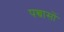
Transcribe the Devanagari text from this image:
पच्चासों